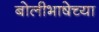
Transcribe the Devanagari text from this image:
बोलीभाषेच्या